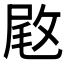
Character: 𢽙